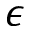
\epsilon